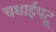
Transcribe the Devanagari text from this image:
चधाईपटू